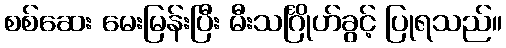
စစ်ဆေး မေးမြန်းပြီး မီးသင်္ဂြိုဟ်ခွင့် ပြုရသည်။